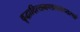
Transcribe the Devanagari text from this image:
वृद्धादित्यमण्डलमध्यस्थां